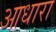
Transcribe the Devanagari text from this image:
आधारा